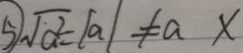
\textcircled { 5 } \sqrt { a ^ { 2 } } = \vert a \vert \neq a x